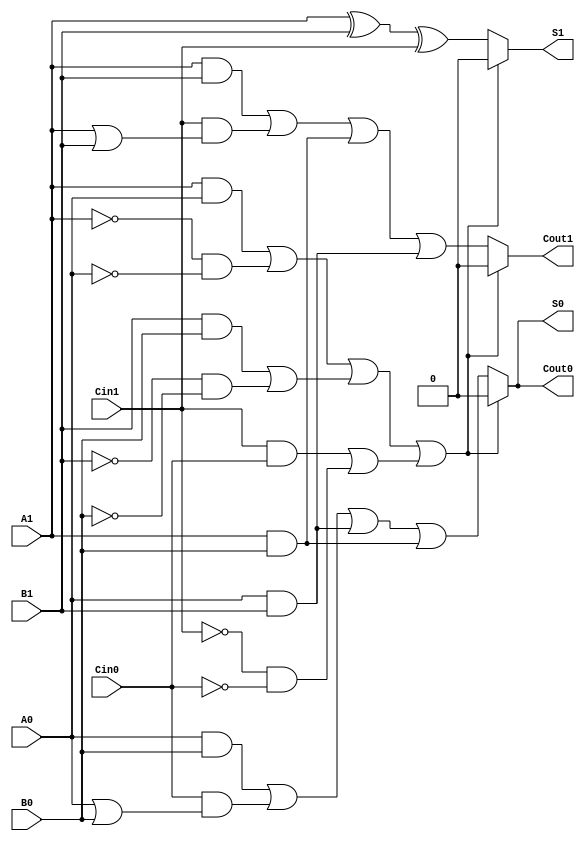
module dual_rail_full_adder (
    input wire A1, A0,   // Dual-rail representation of input A
    input wire B1, B0,   // Dual-rail representation of input B
    input wire Cin1, Cin0,// Dual-rail representation of carry-in (Cin)
    output reg S1, S0,   // Dual-rail representation of sum output (S)
    output reg Cout1, Cout0 // Dual-rail representation of carry-out output (Cout)
);

// Invalid state detection
wire invalid_A = (A1 & A0) | (~A1 & ~A0);
wire invalid_B = (B1 & B0) | (~B1 & ~B0);
wire invalid_Cin = (Cin1 & Cin0) | (~Cin1 & ~Cin0);

always @* begin
    // Default outputs
    S1 = 1'b0;
    S0 = 1'b0;
    Cout1 = 1'b0;
    Cout0 = 1'b0;

    // Check for invalid states
    if (invalid_A || invalid_B || invalid_Cin) begin
        // Handle invalid states if necessary (e.g., set outputs to an error state)
        // For this implementation, we will simply keep outputs at default (0, 0)
        // You can modify this as per your error handling needs
    end else begin
        // Sum Output (S)
        S1 = A1 ^ B1 ^ Cin1;  // S1 = A1 XOR B1 XOR Cin1
        S0 = (A0 & B0) | (Cin0 & (A0 | B0)) | (A0 & B1) | (A1 & B0); // S0 logic

        // Carry Output (Cout)
        Cout1 = (A1 & B1) | (Cin1 & (A1 | B1)) | (A1 & B0) | (A0 & B1); // Cout1 logic
        Cout0 = (A0 & B0) | (Cin0 & (A0 | B0)) | (A0 & B1) | (A1 & B0); // Cout0 logic
    end
end

endmodule